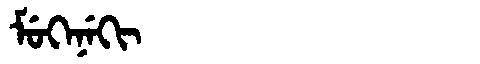
Manchu: ᠮᡠᡴᡝᠨᡝᡴᡳ
Romanization: MUKENEKI